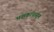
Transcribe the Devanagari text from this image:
भक्षकांपासून